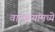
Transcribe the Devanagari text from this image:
वारकऱ्यांमध्ये